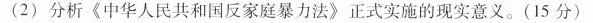
(2)分析《中华人民共和国反家庭暴力法》正式实施的现实意义。(15分)